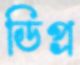
ডিপ্র